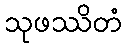
သုဖဿိတံ